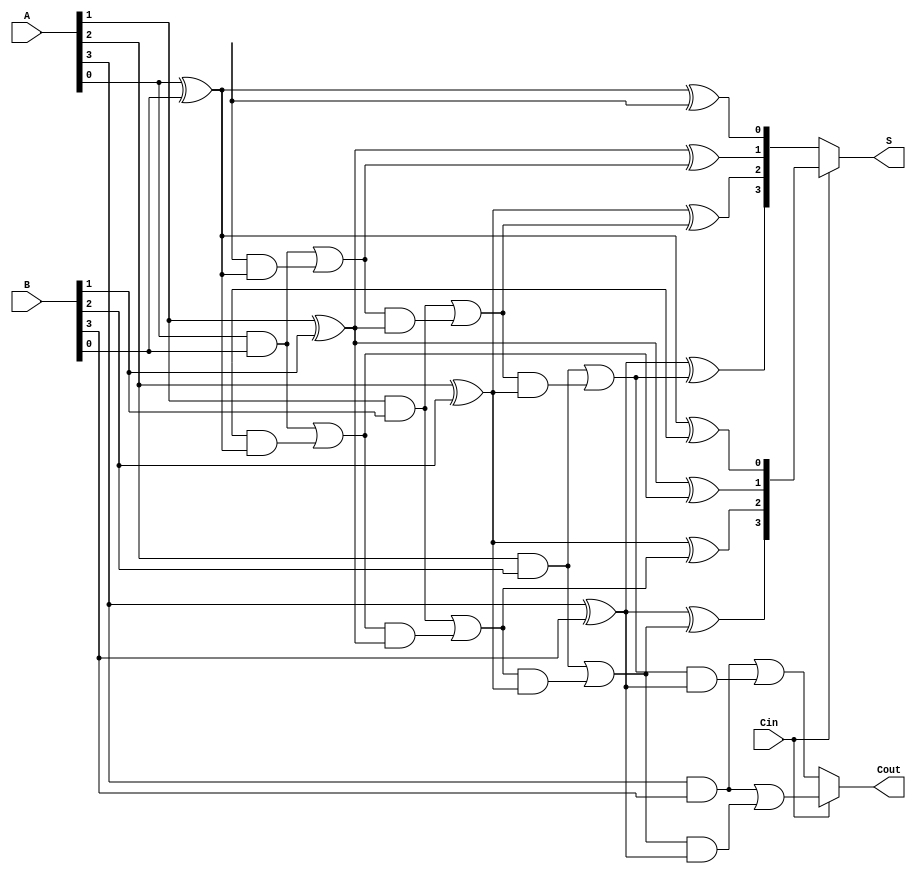
module CCSA #(parameter N = 4) (
    input  [N-1:0] A,   // Input A
    input  [N-1:0] B,   // Input B
    input          Cin,  // Input Carry
    output [N-1:0] S,    // Sum output
    output         Cout   // Carry output
);
    wire [N-1:0] S0; // Sum when carry in is 0
    wire [N-1:0] S1; // Sum when carry in is 1
    wire [N:0] C0;   // Carry out when carry in is 0
    wire [N:0] C1;   // Carry out when carry in is 1

    // Generate sums and carries for each bit
    genvar i;
    generate
        for (i = 0; i < N; i = i + 1) begin : ccs_block
            // Compute sum and carry for carry in = 0
            assign S0[i] = A[i] ^ B[i] ^ C0[i];   // Sum for Cin = 0
            assign C0[i+1] = (A[i] & B[i]) | (C0[i] & (A[i] ^ B[i])); // Carry for Cin = 0

            // Compute sum and carry for carry in = 1
            assign S1[i] = A[i] ^ B[i] ^ C1[i];   // Sum for Cin = 1
            assign C1[i+1] = (A[i] & B[i]) | (C1[i] & (A[i] ^ B[i])); // Carry for Cin = 1
        end
    endgenerate

    // Select the correct sum based on carry in
    assign S = Cin ? S1 : S0;

    // Final carry out is selected based on the carry in
    assign Cout = Cin ? C1[N] : C0[N];

endmodule